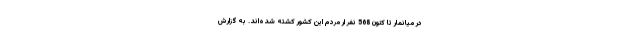
در میانمار تا کنون 568 نفر ار مردم این کشور کشته شده‌اند. به گزارش